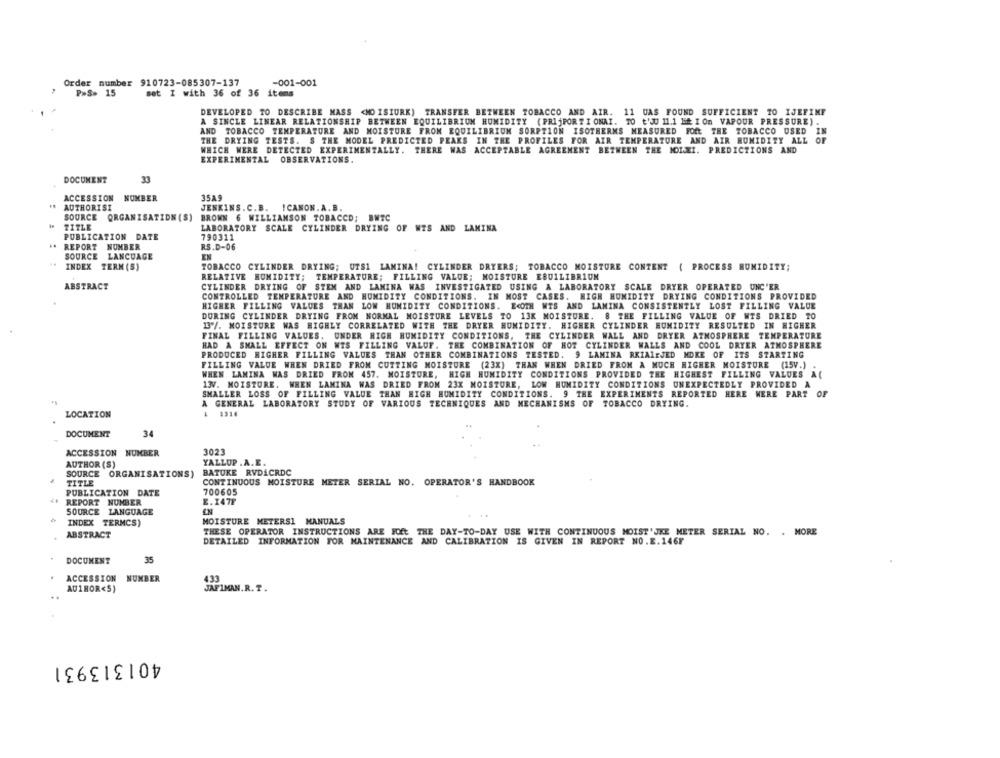
Order number 910723-085307-137
-001-001
P.S> 15
set I with 36 of 36 items
DEVELOPED TO DESCRIBE MASS <NO ISIURK) TRANSFER BETWEEN TOBACCO AND AIR. 11 UAS FOUND SUFFICIENT TO IJEFIMF
A SINCLE LINEAR RELATIONSHIP BETWEEN EQUILIBRIUM HUMIDITY ( PRIjPORTIONAI. 10 t'JU 11.1 "if I On VAPOUR PRESSURE).
AND TOBACCO TEMPERATURE AND MOISTURE FROM EQUILIBRIUM SORPTION ISOTHERMS MEASURED FOR THE TOBACCO USED IN
THE DRYING TESTS. S THE MODEL PREDICTED PEAKS IN THE PROFILES FOR AIR TEMPERATURE AND AIR HUMIDITY ALL OF
WHICH WERE DETECTED EXPERIMENTALLY. THERE WAS ACCEPTABLE AGREEMENT BETWEEN THE MOLEI. PREDICTIONS AND
EXPERIMENTAL OBSERVATIONS.
DOCUMENT
33
ACCESSION
NUMBER
35A9
AUTHORISI
JENKINS.C.B. ICANON. A.B.
SOURCE ORGANISATION (S)
BROWN 6 WILLIAMSON TOBACCO; BWTC
TITLE
LABORATORY SCALE CYLINDER DRYING OF WIS AND LAMINA
PUBLICATION DATE
790311
REPORT NUMBER
RS.D-06
SOURCE LANGUAGE
EN
INDEX TERM (S)
TOBACCO CYLINDER DRYING; UTS1 LAMINA! CYLINDER DRYERS; TOBACCO MOISTURE CONTENT ( PROCESS HUMIDITY;
RELATIVE HUMIDITY; TEMPERATURE; FILLING VALUE; MOISTURE EBUILIBRIUN
ABSTRACT
CYLINDER DRYING OF STEM AND LAMINA WAS INVESTIGATED USING A LABORATORY SCALE DRYER OPERATED UNC'ER
CONTROLLED TEMPERATURE AND HUMIDITY CONDITIONS. IN MOST CASES. HIGH HUMIDITY DRYING CONDITIONS PROVIDED
HIGHER FILLING VALUES THAN LOW HUMIDITY CONDITIONS. ECOTH WTS AND LAMINA CONSISTENTLY LOST FILLING VALUE
DURING CYLINDER DRYING FROM NORMAL MOISTURE LEVELS TO 13K MOISTURE. 8 THE FILLING VALUE OF WTS DRIED TO
13"/. MOISTURE WAS HIGHLY CORRELATED WITH THE DRYER HUMIDITY. HIGHER CYLINDER HUMIDITY RESULTED IN HIGHER
FINAL FILLING VALUES. UNDER HIGH HUMIDITY CONDITIONS, THE CYLINDER WALL AND DRYER ATMOSPHERE TEMPERATURE
HAD A SMALL EFFECT ON WIS FILLING VALUF. THE COMBINATION OF HOT CYLINDER WALLS AND COOL DRYER ATMOSPHERE
PRODUCED HIGHER FILLING VALUES THAN OTHER COMBINATIONS TESTED. 9 LAMINA RKIAIRJED MOKE OF ITS STARTING
FILLING VALUE WHEN DRIED FROM CUTTING MOISTURE (23X) THAN WHEN DRIED FROM A MUCH HIGHER MOISTURE (15V.)
WHEN LAMINA WAS DRIED FROM 457. MOISTURE, HIGH HUMIDITY CONDITIONS PROVIDED THE HIGHEST FILLING VALUES A(
13V. MOISTURE. WHEN LAMINA WAS DRIED FROM 23X MOISTURE, LOW HUMIDITY CONDITIONS UNEXPECTEDLY PROVIDED A
SMALLER LOSS OF FILLING VALUE THAN HIGH HUMIDITY CONDITIONS. 9 THE EXPERIMENTS REPORTED HERE WERE PART OF
A GENERAL LABORATORY STUDY OF VARIOUS TECHNIQUES AND MECHANISMS OF TOBACCO DRYING.
LOCATION
DOCUMENT
34
ACCESSION NUMBER
3023
AUTHOR (S)
YALLUP .A.E.
SOURCE ORGANISATIONS) BATUKE RVDACRDC
TITLE
CONTINUOUS MOISTURE METER SERIAL NO. OPERATOR'S HANDBOOK
PUBLICATION DATE
700605
REPORT NUMBER
2. 147F
SOURCE LANGUAGE
INDEX TERMCS)
MOISTURE METERSI MANUALS
ABSTRACT
THESE OPERATOR INSTRUCTIONS ARE FOEt THE DAY-TO-DAY USE WITH CONTINUOUS MOIST'JKE METER SERIAL NO. . MORE
DETAILED INFORMATION FOR MAINTENANCE AND CALIBRATION IS GIVEN IN REPORT NO.E.146F
DOCUMENT
35
ACCESSION NUMBER
AU1HOR<5)
JAFIMAN. R. T.
401313931